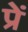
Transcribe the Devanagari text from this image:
प्रें